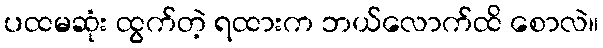
ပထမဆုံး ထွက်တဲ့ ရထားက ဘယ်လောက်ထိ စောလဲ။